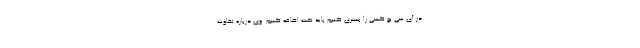
در آی سی یو کسی را بستری کنیم باید تخت اضافه کنیم. وی درباره تفاوت